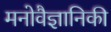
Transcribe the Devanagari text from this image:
मनोवैज्ञानिकी